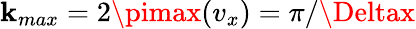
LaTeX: \mathbf{k}_{max}=2\pimax(v_{x})=\pi/\Deltax